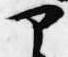
部